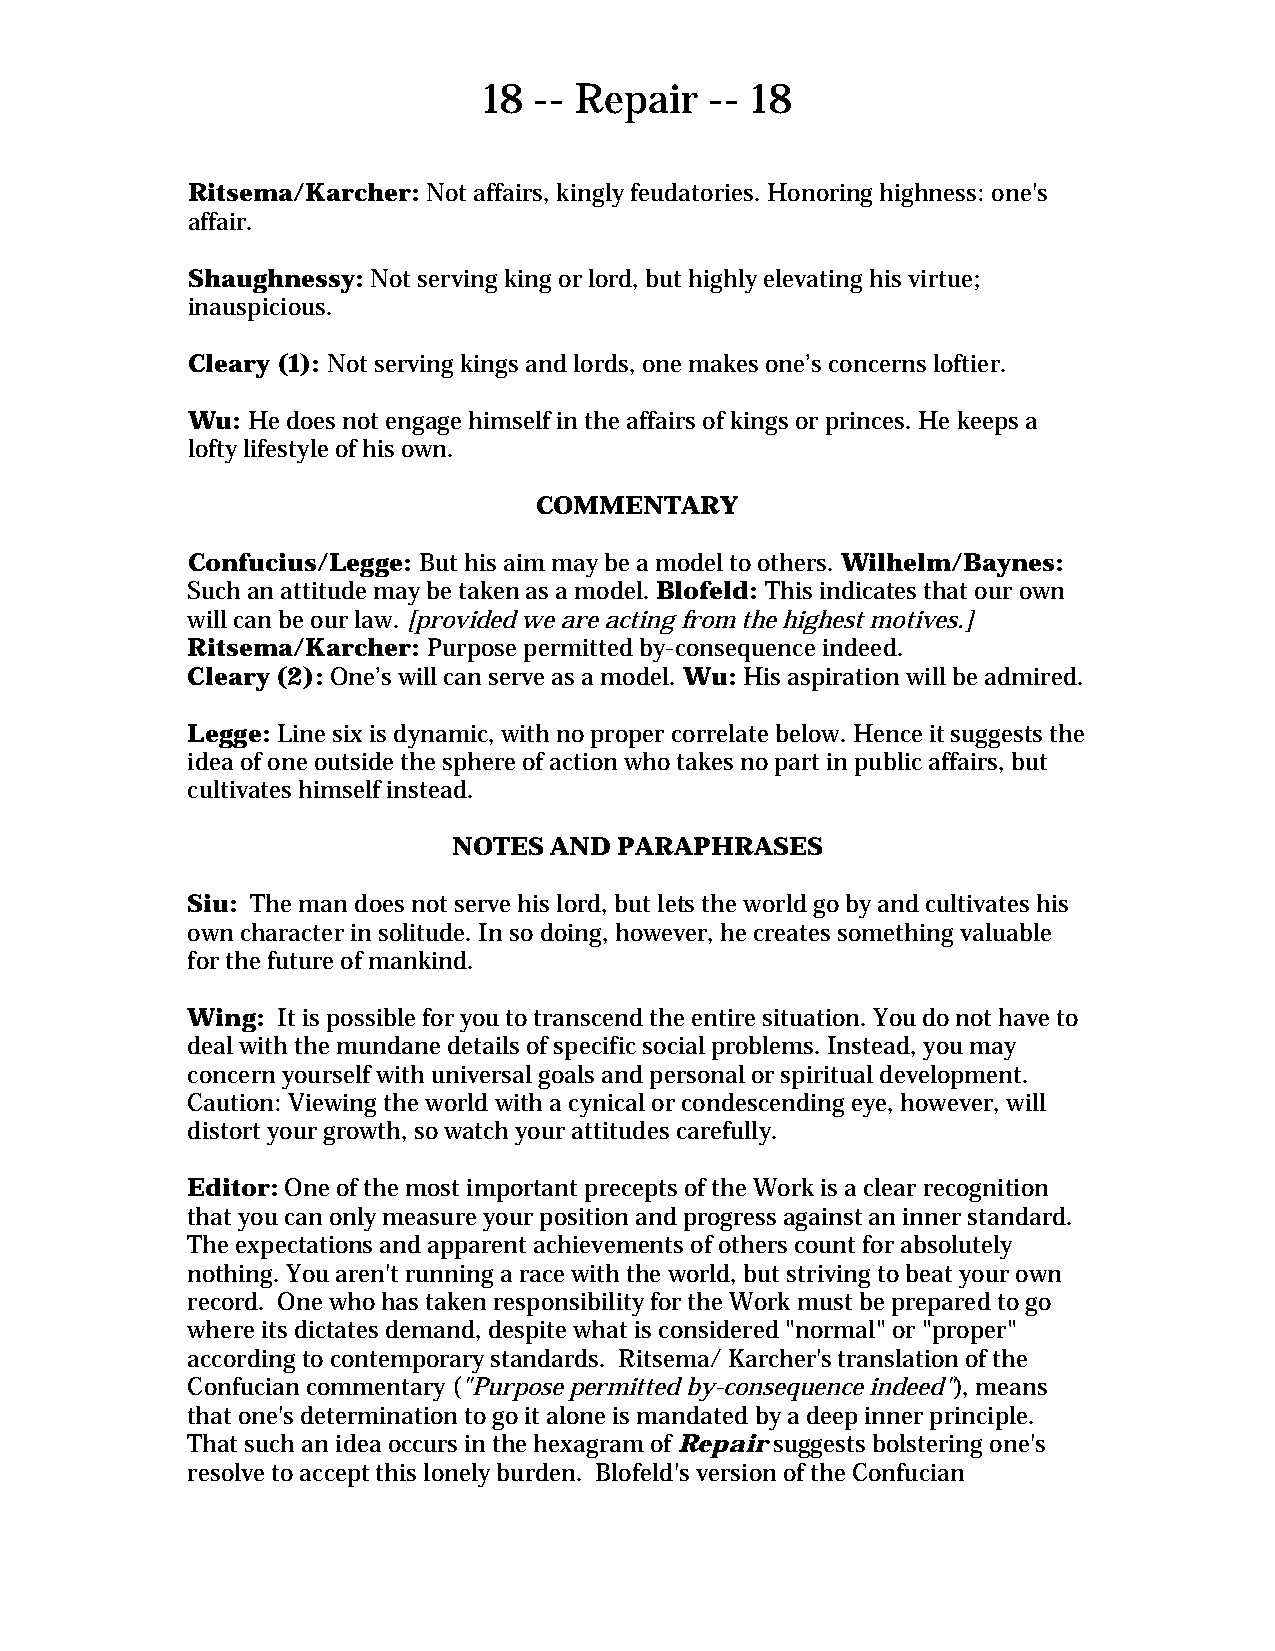
18 -- Repair   -- 18
 Ritsema/Karcher: Not affairs, kingly feudatories. Honoring highness: one's
 affair.
 Shaughnessy: Not serving king or lord, but highly elevating his virtue;
 inauspicious.
 Cleary (1): Not serving kings and lords, one makes one’s concerns loftier.
 Wu: He does not engage himself in the affairs of kings or princes. He keeps a
 lofty lifestyle of his own.
 COMMENTARY
 Confucius/Legge: But his aim may be a model to others. Wilhelm/Baynes:
 Such an attitude may be taken as a model. Blofeld: This indicates that our own
 will can be our law. [provided we are acting from the highest motives.]
 Ritsema/Karcher: Purpose permitted by-consequence indeed.
 Cleary (2): One’s will can serve as a model. Wu: His aspiration will be admired.
 Legge: Line six is dynamic, with no proper correlate below. Hence it suggests the
 idea of one outside the sphere of action who takes no part in public affairs, but
 cultivates himself instead.
 NOTES AND  PARAPHRASES
 Siu: The man does not serve his lord, but lets the world go by and cultivates his
 own character in solitude. In so doing, however, he creates something valuable
 for the future of mankind.
 Wing: It is possible for you to transcend the entire situation. You do not have to
 deal with the mundane details of specific social problems. Instead, you may
 concern yourself with universal goals and personal or spiritual development.
 Caution: Viewing the world with a cynical or condescending eye, however, will
 distort your growth, so watch your attitudes carefully.
 Editor: One of the most important precepts of the Work is a clear recognition
 that you can only measure your position and progress against an inner standard.
 The expectations and apparent achievements of others count for absolutely
 nothing. You aren't running a race with the world, but striving to beat your own
 record. One who has taken responsibility for the Work must be prepared to go
 where its dictates demand, despite what is considered "normal" or "proper"
 according to contemporary standards. Ritsema/ Karcher's translation of the
 Confucian commentary ("Purpose permitted by-consequence indeed"), means
 that one's determination to go it alone is mandated by a deep inner principle.
 That such an idea occurs in the hexagram of Repair suggests bolstering one's
 resolve to accept this lonely burden. Blofeld's version of the Confucian